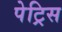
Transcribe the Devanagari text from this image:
पेट्रिस